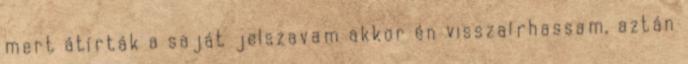
mert átírták a saját jelszavam akkor én visszaírhassam, aztán